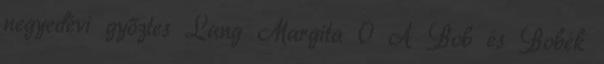
negyedévi győztes Lang Margita 0 A Bob és Bobék